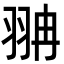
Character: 𦐘